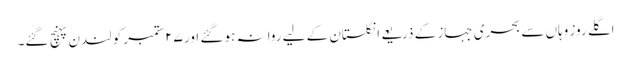
اگلے روز وہاں سے بحری جہاز کے ذریعے انگلستان کے لیے روانہ ہو گئے اور ٢۷ ستمبر کو لندن پہنچ گئے۔